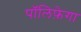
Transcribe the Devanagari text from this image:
पॉलिफ़ेगा